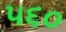
૫૬૦